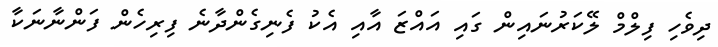
ދިވެހި ފިލްމް ލޭކަރުނައިން ގައި އައްޒަ އާއި އެކު ފެނިގެންދާނެ ފިރިހެން ފަންނާނަކާ